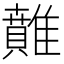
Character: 𩀴